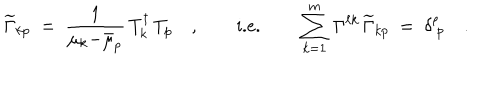
LaTeX: \widetilde { \Gamma } _ { k p } \ = \ \frac { 1 } { \mu _ { k } { - } \bar { \mu } _ { p } } \, T _ { k } ^ { \dagger } \, T _ { p } \quad , \qquad \textrm { i . e . } \qquad \sum _ { k = 1 } ^ { m } \, \Gamma ^ { \ell k } \, \widetilde { \Gamma } _ { k p } \ = \ \delta _ { \ p } ^ { \ell } \quad .